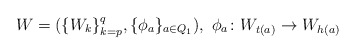
\begin{align*}W=(\{W_k\}_{k=p}^{q}, \{\phi_a\}_{a \in Q_1}), \ \phi_a \colon W_{t(a)} \to W_{h(a)}\end{align*}